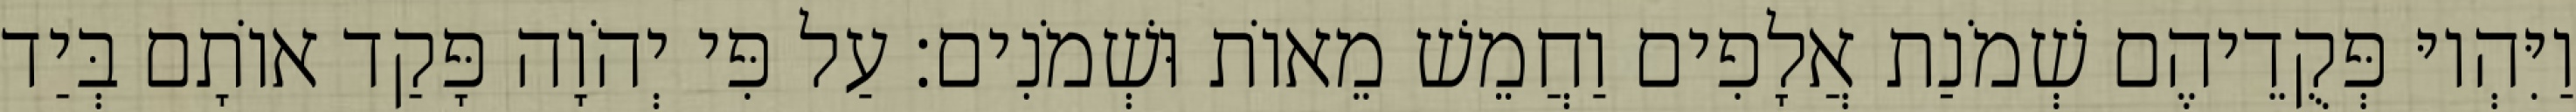
וַיִּהְיוּ פְּקֻדֵיהֶם שְׁמֹנַת אֲלָפִים וַחֲמֵשׁ מֵאוֹת וּשְׁמֹנִים׃ עַל פִּי יְהֹוָה פָּקַד אוֹתָם בְּיַד